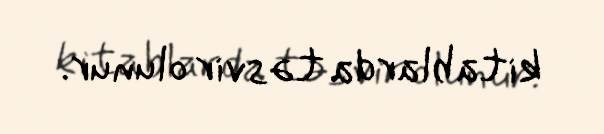
kitablarda təsvir olunur.